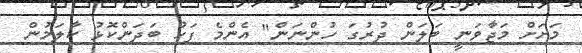
މަށަށް މަޖާވަނީ ބަލަން ދުރުގަ ހުންނަން" އެންމެ ފަހު ބަދަންކޮޅު ކާލަމުން